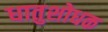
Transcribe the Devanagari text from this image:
धातुशोधक